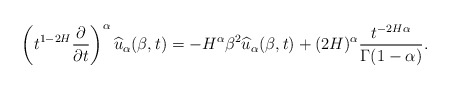
\begin{align*}\left(t^{1-2H}\frac{\partial}{\partial t}\right)^{\alpha} \widehat{u}_{\alpha}(\beta,t)= -H^{\alpha}\beta^2 \widehat{u}_{\alpha}(\beta,t)+(2H)^{\alpha}\frac{t^{-2H\alpha}}{\Gamma(1-\alpha)}.\end{align*}